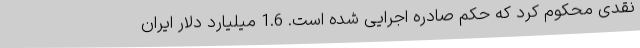
نقدی محکوم کرد که حکم صادره اجرایی شده است. 1.6 میلیارد دلار ایران